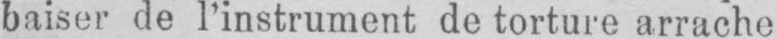
baiser de l’instrument de torture arrache